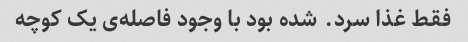
فقط غذا سرد. شده بود با وجود فاصله‌ی یک کوچه